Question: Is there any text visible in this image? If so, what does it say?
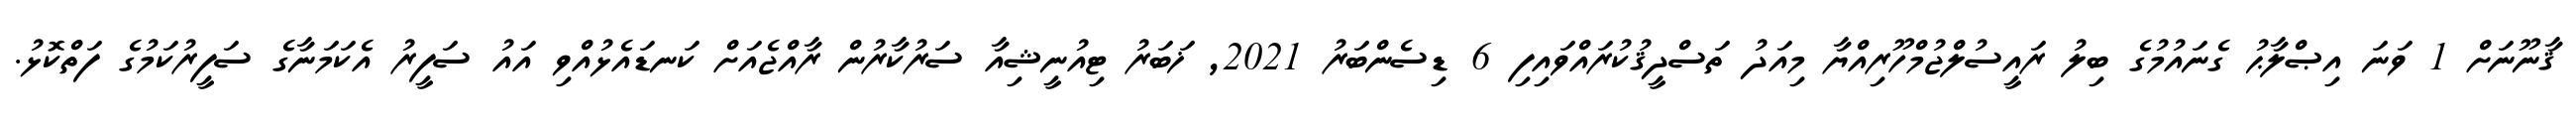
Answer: ޤާނޫނަށް 1 ވަނަ އިޞްލާޙު ގެނައުމުގެ ބިލު ރައީސުލްޖުމްހޫރިއްޔާ މިއަދު ތަސްދީޤުކުރައްވައިފި 6 ޑިސެންބަރު 2021, ޚަބަރު ޓިއުނީޝިއާ ސަރުކާރުން ރާއްޖެއަށް ކަނޑައެޅުއްވި އައު ސަފީރު އެކަމަނާގެ ސަފީރުކަމުގެ ފަތްކޮޅު.